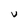
Character: U